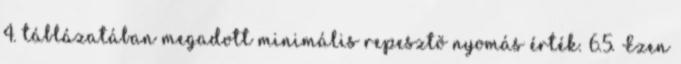
4. táblázatában megadott minimális repesztõ nyomás érték. 6.5. Ezen